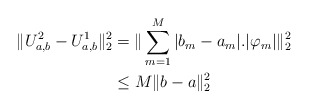
\begin{align*}\|U^{2}_{a,b} - U^{1}_{a,b}\|_{2}^{2}&=\| \sum_{m=1}^M |b_{m} - a_{m}|. |\varphi_{m}| \|_{2}^{2}\\&\leq M \|b-a\|_{2}^{2}\end{align*}